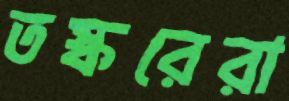
তস্করেরা